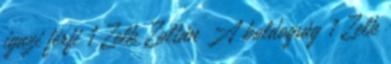
igazi férfi 1 Zelk Zoltán A boldogság 1 Zelk